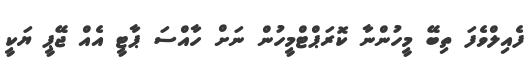
ފެއިލްވެފަ ތިބޭ މީހުންނާ ކޮރަޕްޓްމީހުން ނަށް ހާއްސަ ޕާޓީ އެއް ޖޭޕީ ޔަކީ